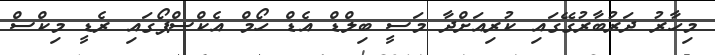
މިހާރު ދަރުބާރުގޭގައި ކުރިއަށްދާ މަސީ ބިލްޑް އެޑް ހޯމް އެކްސްޕޯގައި ރެޑީ މިކްސް